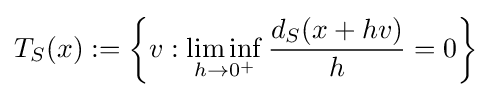
T_{S}(x):=\left\{v:\liminf _{h\to 0^{+}}{\frac {d_{S}(x+hv)}{h}}=0\right\}